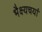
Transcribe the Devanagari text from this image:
भैक्ष्यचर्या